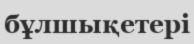
бұлшықетері